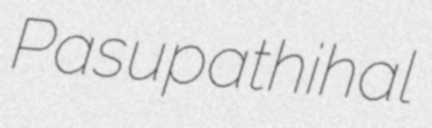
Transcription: Pasupathihal